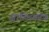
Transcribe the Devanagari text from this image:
साल्तिकोव